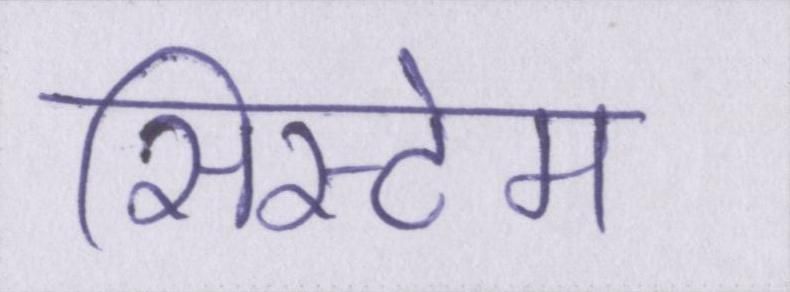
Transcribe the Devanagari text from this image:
सिस्टेम